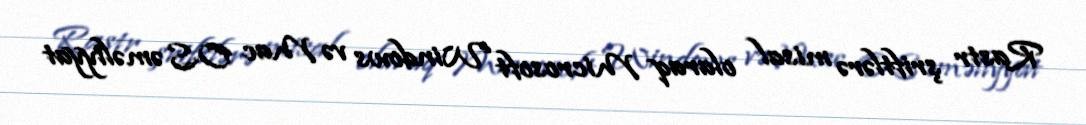
Rastr şriftlərə misal olaraq Microsoft Windows və Mac OS əməliyyat